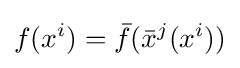
f(x^{i})={\bar {f}}({\bar {x}}^{j}(x^{i}))